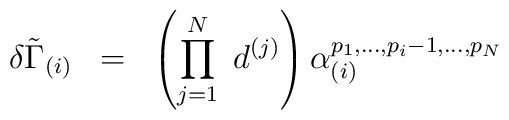
\delta {\tilde{\Gamma}}_{(i)} \;\; = \;\; \left( \prod_{j=1}^{N} \;d^{(j)} \right) \alpha_{(i)}^{p_1 ,..., p_i -1,..., p_N }